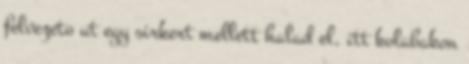
felvezeto ut egy sirkert mellett halad el, itt kolabakon